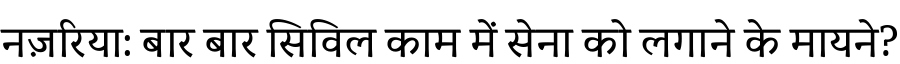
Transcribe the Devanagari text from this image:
नज़रिया: बार बार सिविल काम में सेना को लगाने के मायने?